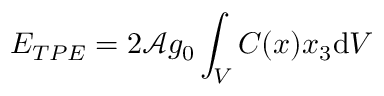
E _ { T P E } = 2 \mathcal { A } g _ { 0 } \int _ { V } C ( \boldsymbol { x } ) x _ { 3 } \mathrm { d } V